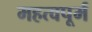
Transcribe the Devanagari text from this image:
महत्वपूर्म